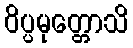
ဝိပ္ပမုတ္တောသိ